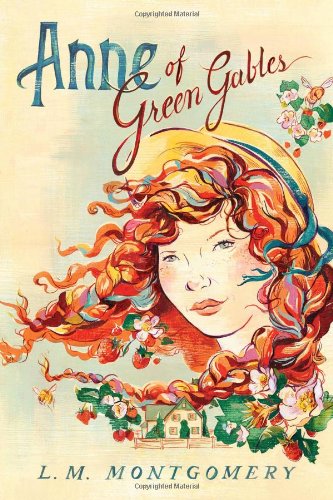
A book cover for Anne of Green Gables; L.M. Montgomery; Children's Books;